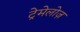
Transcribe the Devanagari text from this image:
ट्रेमेलोज़